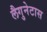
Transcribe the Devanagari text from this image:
लैगुनेटास